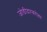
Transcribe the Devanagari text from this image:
जोडीदारबरोबर